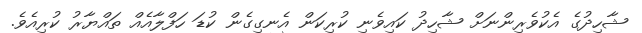
ޝާހިދުގެ އެކުވެރިންނަށް ޝާހިދު ކައިވެނި ކުރިކަން އެނގިގެން ކުޑަ ހަފްލާއެއް ތައްޔާރު ކުރިއެވެ.